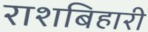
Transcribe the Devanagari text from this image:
राशबिहारी